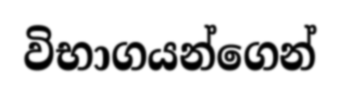
විභාගයන්ගෙන්